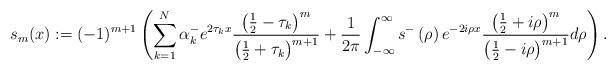
LaTeX: \begin{align*}s_{m}(x):=(-1)^{m+1}\left( \sum_{k=1}^{N}\alpha_{k}^{-}e^{2\tau_{k}x}\frac{\left( \frac{1}{2}-\tau_{k}\right) ^{m}}{\left( \frac{1}{2}+\tau_{k}\right) ^{m+1}}+\frac{1}{2\pi}\int_{-\infty}^{\infty}s^{-}\left(\rho\right) e^{-2i\rho x}\frac{\left( \frac{1}{2}+i\rho\right) ^{m}}{\left( \frac{1}{2}-i\rho\right) ^{m+1}}d\rho\right) . \end{align*}